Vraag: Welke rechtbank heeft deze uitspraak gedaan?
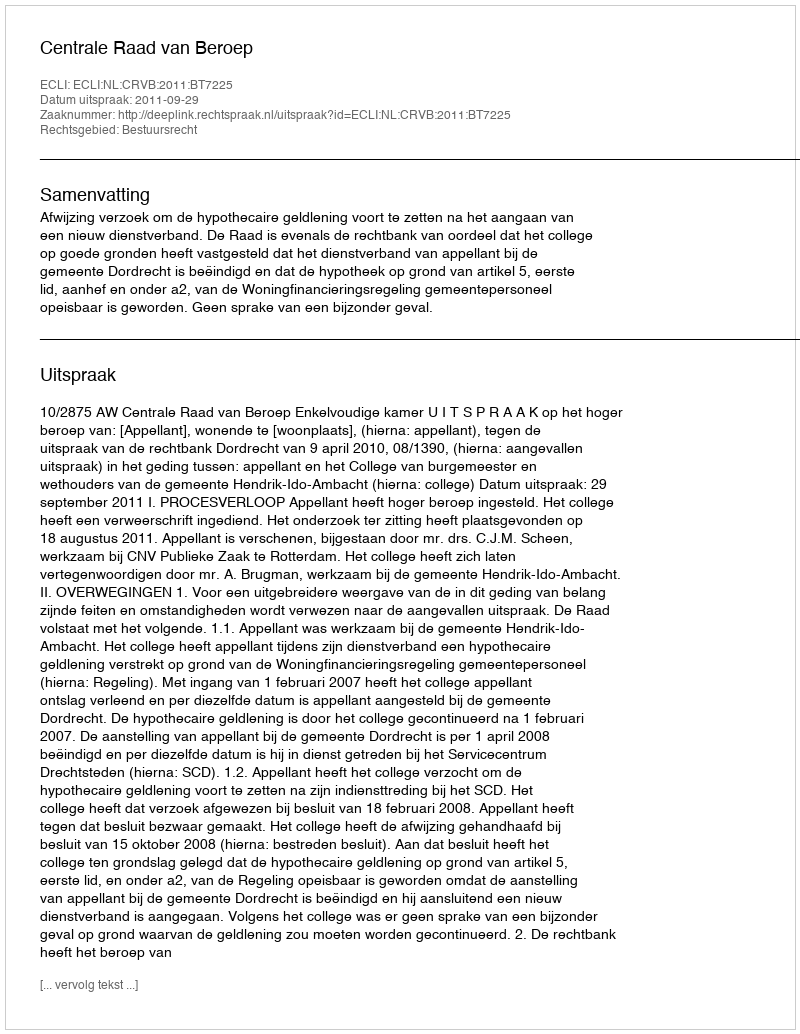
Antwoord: Centrale Raad van Beroep